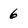
Character: 6